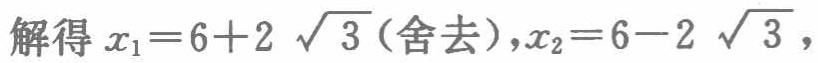
解得 \(x_{1}=6 + 2\sqrt{3}\)（舍去），\(x_{2}=6 - 2\sqrt{3}\)，